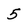
Character: 5